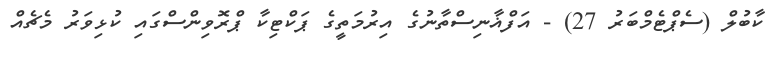
ކާބުލް (ސެޕްޓެމްބަރު 27) - އަފްޣާނިސްތާނުގެ އިރުމަތީގެ ޕަކްޓިކާ ޕްރޮވިންސްގައި ކުޅިވަރު މެޗެއް